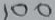
Text: 100